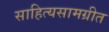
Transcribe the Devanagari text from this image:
साहित्यसामग्रीत